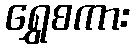
ရွှေစကား